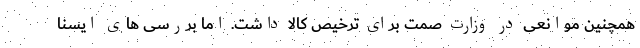
همچنین موانعی در وزارت صمت برای ترخیص کالا داشت. اما بررسی های ایسنا